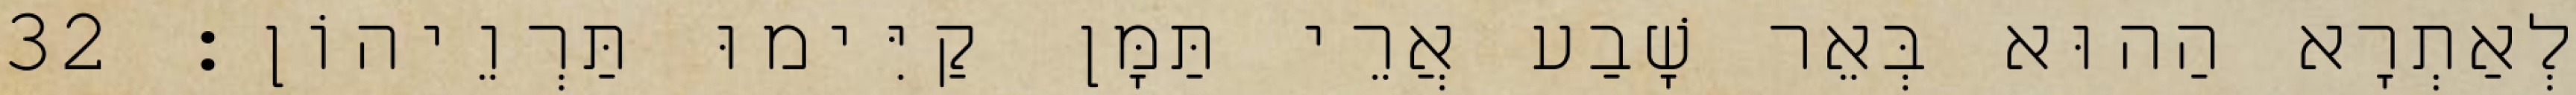
לְאַתְרָא הַהוּא בְּאֵר שָׁבַע אֲרֵי תַּמָּן קַיִּימוּ תַּרְוֵיהוֹן׃ 32